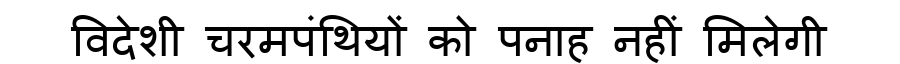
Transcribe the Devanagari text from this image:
विदेशी चरमपंथियों को पनाह नहीं मिलेगी